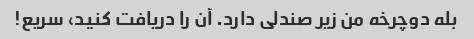
بله دوچرخه من زیر صندلی دارد. آن را دریافت کنید، سریع!